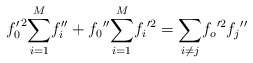
\begin{align*}{f'_0}^2 {\sum^M_{i=1}}{f''_i}+{f_0}''{\sum^M_{i=1}}{f_i}'^2={\sum_{i\ne j}}{f_o}'^2{f_j}''\end{align*}